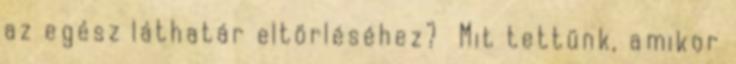
az egész láthatár eltörléséhez? Mit tettünk, amikor